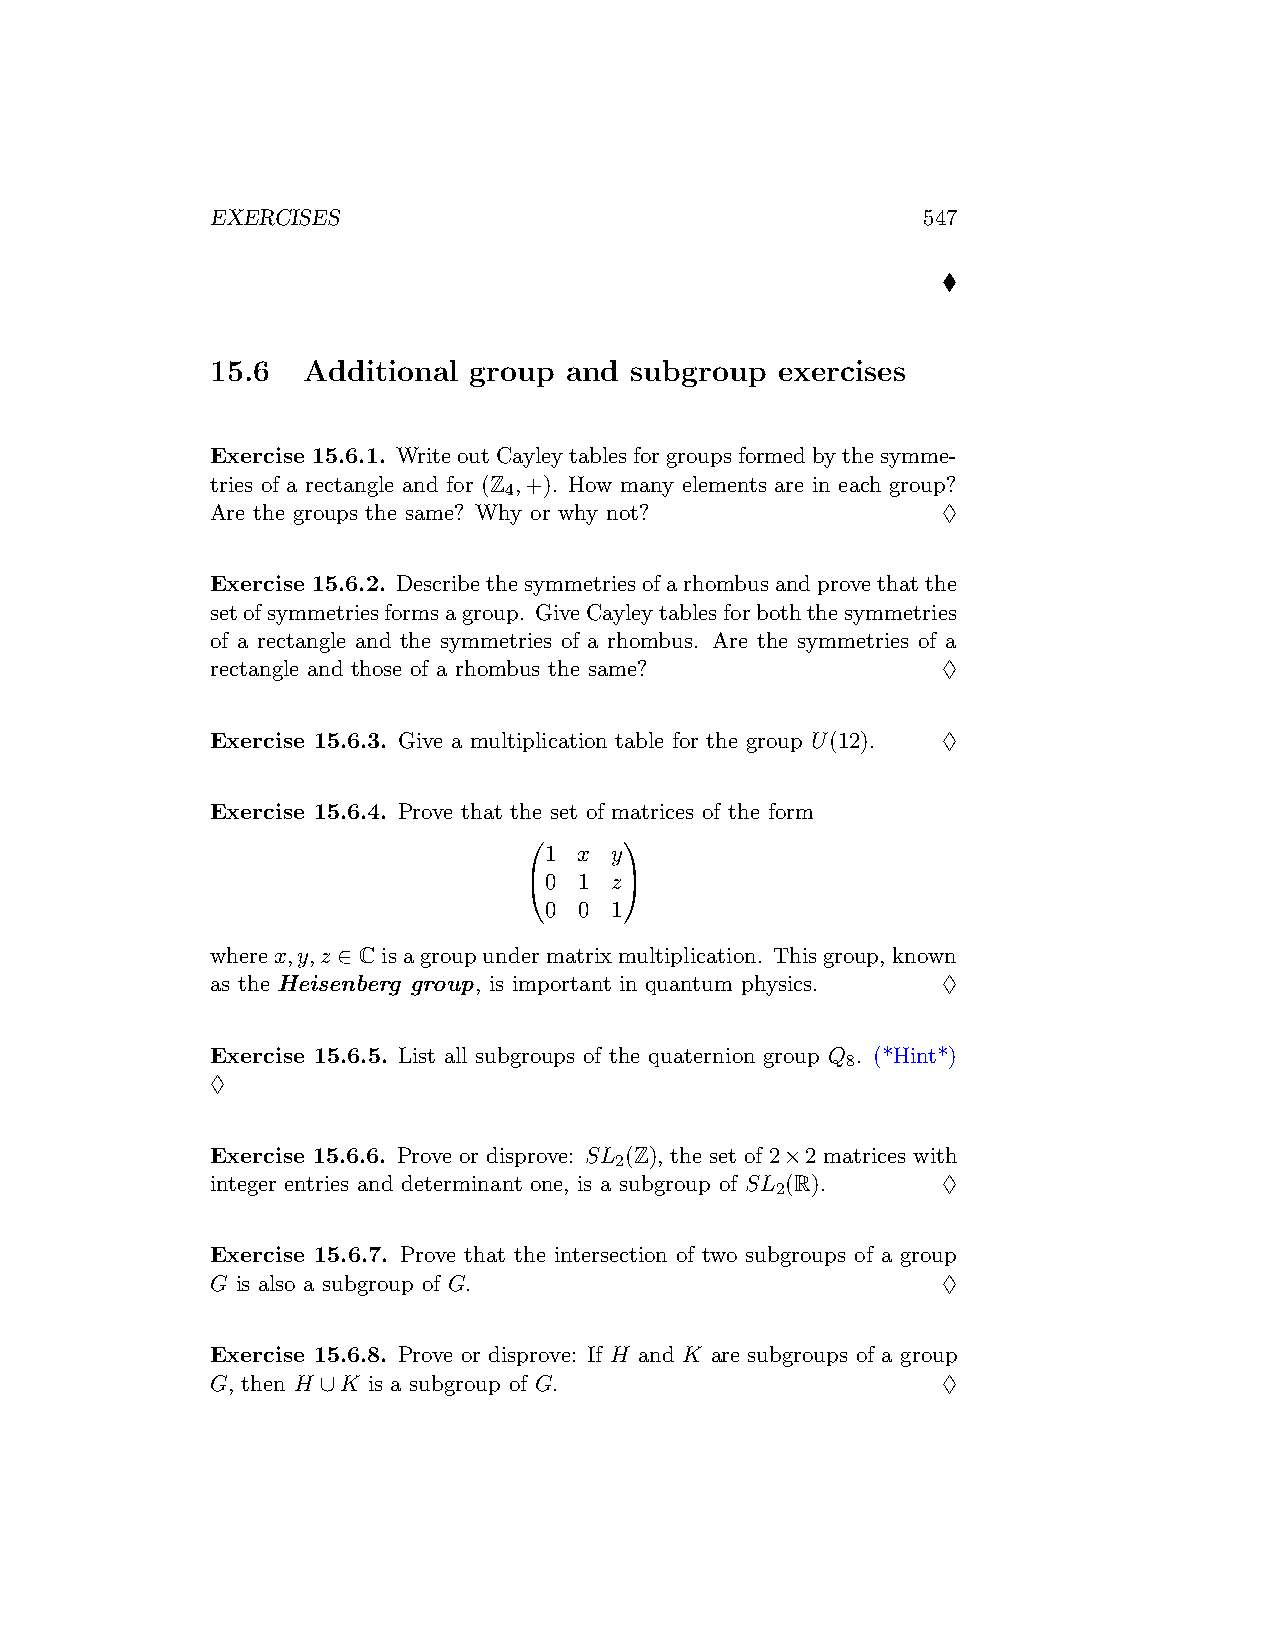
EXERCISES                                      547
 ♦
 15.6  Additional group  and subgroup  exercises
 Exercise 15.6.1. WriteoutCayleytablesforgroupsformedbythesymme-
 tries of a rectangle and for (Z ,+). How many elements are in each group?
 4
 Are the groups the same? Why or why not?        ♢
 Exercise 15.6.2. Describethesymmetriesofarhombusandprovethatthe
 setofsymmetriesformsagroup. GiveCayleytablesforboththesymmetries
 of a rectangle and the symmetries of a rhombus. Are the symmetries of a
 rectangle and those of a rhombus the same?      ♢
 Exercise 15.6.3. Give a multiplication table for the group U(12). ♢
 Exercise 15.6.4. Prove that the set of matrices of the form
      
 1 x y
 0 1 z
 0 0 1
 wherex,y,z ∈ Cisagroupundermatrixmultiplication. Thisgroup, known
 as the Heisenberg group, is important in quantum physics. ♢
 Exercise 15.6.5. List all subgroups of the quaternion group Q . (*Hint*)
 8
 ♢
 Exercise 15.6.6. Prove or disprove: SL (Z), the set of 2×2 matrices with
 2
 integer entries and determinant one, is a subgroup of SL (R). ♢
 2
 Exercise 15.6.7. Prove that the intersection of two subgroups of a group
 G is also a subgroup of G.                      ♢
 Exercise 15.6.8. Prove or disprove: If H and K are subgroups of a group
 G, then H ∪K is a subgroup of G.                ♢